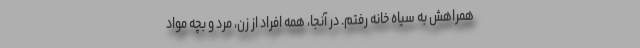
همراهش به سیاه خانه رفتم. در آنجا، همه افراد از زن، مرد و بچه مواد